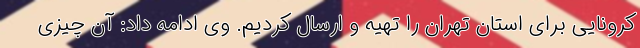
کرونایی برای استان تهران را تهیه و ارسال کردیم. وی ادامه داد: آن چیزی